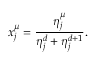
x _ { j } ^ { \mu } = \frac { \eta _ { j } ^ { \mu } } { \eta _ { j } ^ { d } + \eta _ { j } ^ { d + 1 } } .